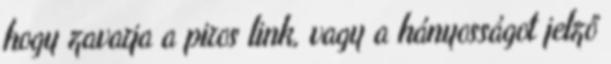
hogy zavarja a piros link, vagy a hányosságot jelző